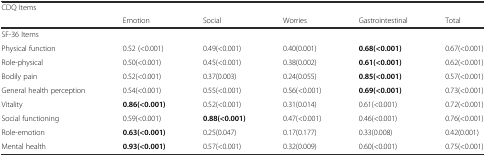
<table><thead><tr><td colspan="6"><b>CDQ Items</b></td></tr><tr><td></td><td><b>Emotion</b></td><td><b>Social</b></td><td><b>Worries</b></td><td><b>Gastrointestinal</b></td><td><b>Total</b></td></tr></thead><tbody><tr><td>SF-36 Items</td><td></td><td></td><td></td><td></td><td></td></tr><tr><td>Physical function</td><td>0.52 (&lt;0.001)</td><td>0.49(&lt;0.001)</td><td>0.40(0.001)</td><td><b>0.68(&lt;0.001)</b></td><td>0.67(&lt;0.001)</td></tr><tr><td>Role-physical</td><td>0.50(&lt;0.001)</td><td>0.45(&lt;0.001)</td><td>0.38(0.002)</td><td><b>0.61(&lt;0.001)</b></td><td>0.62(&lt;0.001)</td></tr><tr><td>Bodily pain</td><td>0.52(&lt;0.001)</td><td>0.37(0.003)</td><td>0.24(0.055)</td><td><b>0.85(&lt;0.001)</b></td><td>0.57(&lt;0.001)</td></tr><tr><td>General health perception</td><td>0.54(&lt;0.001)</td><td>0.55(&lt;0.001)</td><td>0.56(&lt;0.001)</td><td><b>0.69(&lt;0.001)</b></td><td>0.73(&lt;0.001)</td></tr><tr><td>Vitality</td><td><b>0.86(&lt;0.001)</b></td><td>0.52(&lt;0.001)</td><td>0.31(0.014)</td><td>0.61(&lt;0.001)</td><td>0.72(&lt;0.001)</td></tr><tr><td>Social functioning</td><td>0.59(&lt;0.001)</td><td><b>0.88(&lt;0.001)</b></td><td>0.47(&lt;0.001)</td><td>0.46(&lt;0.001)</td><td>0.76(&lt;0.001)</td></tr><tr><td>Role-emotion</td><td><b>0.63(&lt;0.001)</b></td><td>0.25(0.047)</td><td>0.17(0.177)</td><td>0.33(0.008)</td><td>0.42(0.001)</td></tr><tr><td>Mental health</td><td><b>0.93(&lt;0.001)</b></td><td>0.57(&lt;0.001)</td><td>0.32(0.009)</td><td>0.60(&lt;0.001)</td><td>0.75(&lt;0.001)</td></tr></tbody></table>